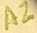
Text: A2